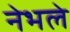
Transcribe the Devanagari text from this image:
नेभले